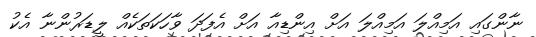
ނާންގައި އަމިއްލަ އަމިއްލަ އަށް އިންޑިއާ އަށް އެފަދަ ވާހަކަތަކެއް ލީޑަރުންނާ އެކު